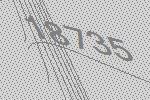
18735